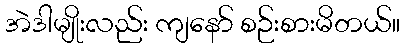
အဲဒါမျိုးလည်း ကျနော် စဉ်းစားမိတယ်။